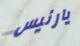
يارئيس